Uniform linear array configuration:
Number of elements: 48
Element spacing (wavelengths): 0.25
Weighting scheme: exponential
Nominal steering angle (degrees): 45
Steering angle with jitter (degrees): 46.626
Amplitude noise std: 0.05
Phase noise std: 0.05

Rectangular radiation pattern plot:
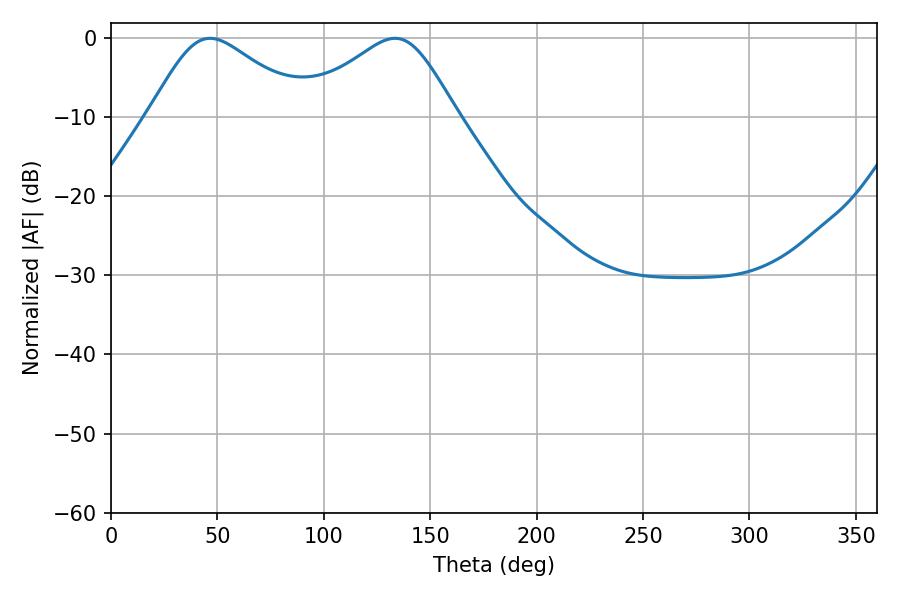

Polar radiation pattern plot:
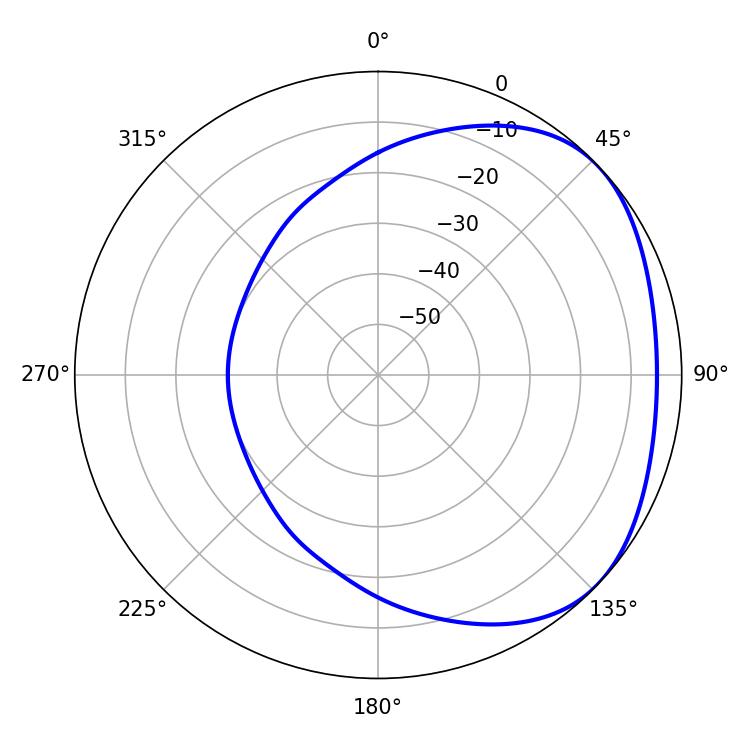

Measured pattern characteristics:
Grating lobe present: FALSE
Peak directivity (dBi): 2.606
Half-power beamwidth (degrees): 36.72
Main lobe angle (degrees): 46.44